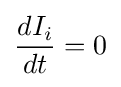
{\frac {dI_{i}}{dt}}=0